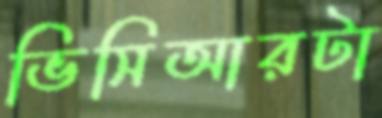
ভিসিআরটা